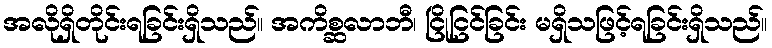
အလိုရှိတိုင်းရခြင်းရှိသည်။ အကိစ္ဆလာဘီ၊ ငြိုငြင်ခြင်း မရှိသဖြင့်ရခြင်းရှိသည်။